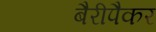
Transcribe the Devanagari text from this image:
बैरीपैकर